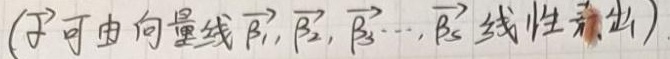
（$\vec{\alpha}$ 可由向量 $\vec{\beta_1}, \vec{\beta_2}, \vec{\beta_3} \cdots, \vec{\beta_s}$ 线性表出）